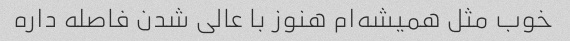
خوب مثل همیشه‌ام هنوز با عالی شدن فاصله داره